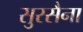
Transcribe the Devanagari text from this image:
सुरसैना